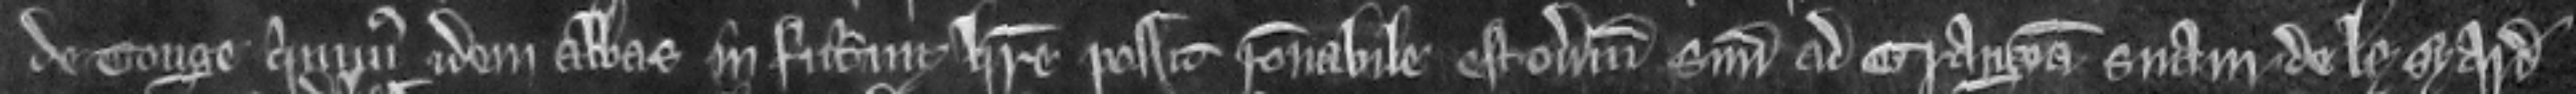
de Tonge quominus idem Abbas in futurum habere possit racionabile estoverium suum ad grangeam suam de Lysyard